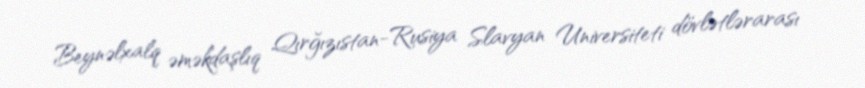
Beynəlxalq əməkdaşlıq Qırğızıstan-Rusiya Slavyan Universiteti dövlətlərarası